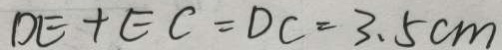
D E + E C = D C = 3 . 5 c m